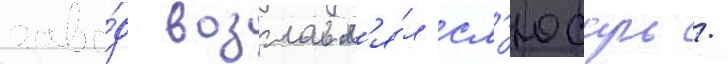
заво́д возглавл'я́л сл'юсарь /